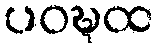
ပဝဍ္ဎထ